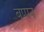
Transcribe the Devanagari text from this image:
बप्पन